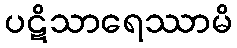
ပဋိသာရေဿာမိ